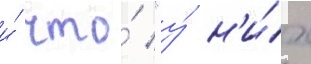
и́ что́ "у́ н'и́х